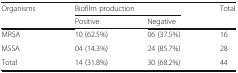
<table><thead><tr><td rowspan="2"><b>Organisms</b></td><td colspan="2"><b>Biofilm production</b></td><td rowspan="2"><b>Total</b></td></tr><tr><td><b>Positive</b></td><td><b>Negative</b></td></tr></thead><tbody><tr><td>MRSA</td><td>10 (62.5%)</td><td>06 (37.5%)</td><td>16</td></tr><tr><td>MSSA</td><td>04 (14.3%)</td><td>24 (85.7%)</td><td>28</td></tr><tr><td>Total</td><td>14 (31.8%)</td><td>30 (68.2%)</td><td>44</td></tr></tbody></table>